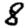
Digit: 8